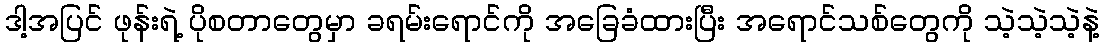
ဒါ့အပြင် ဖုန်းရဲ့ ပိုစတာတွေမှာ ခရမ်းရောင်ကို အခြေခံထားပြီး အရောင်သစ်တွေကို သဲ့သဲ့သဲ့နဲ့